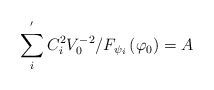
\begin{align*}\sum_i^{^{\prime }}C_i^2V_0^{-2}/F_{\psi _i}\left( \varphi _0\right) =A\end{align*}